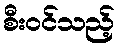
စီးဝင်သည့်